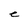
Character: C